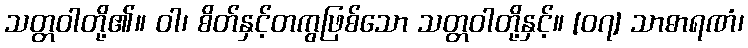
သတ္တဝါတို့၏။ ဝါ၊ စိတ်နှင့်တကွဖြစ်သော သတ္တဝါတို့နှင့်။ [၀၇] သာဓာရဏံ၊